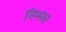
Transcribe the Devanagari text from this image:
निमसर